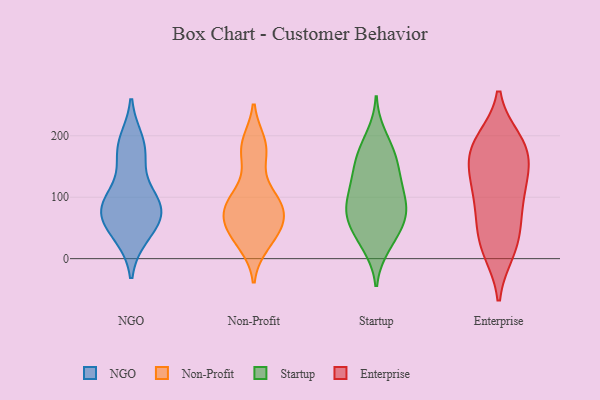
{"axis": {"x": "Inventory Turnover", "y": "Value"}, "legend": ["Enterprise", "NGO", "Non-Profit", "Startup"], "data": [{"x": "", "y": 78, "type": "NGO"}, {"x": "", "y": 89, "type": "NGO"}, {"x": "", "y": 190, "type": "NGO"}, {"x": "", "y": 38, "type": "NGO"}, {"x": "", "y": 74, "type": "NGO"}, {"x": "", "y": 81, "type": "NGO"}, {"x": "", "y": 76, "type": "NGO"}, {"x": "", "y": 168, "type": "NGO"}, {"x": "", "y": 42, "type": "NGO"}, {"x": "", "y": 178, "type": "NGO"}, {"x": "", "y": 108, "type": "NGO"}, {"x": "", "y": 188, "type": "Non-Profit"}, {"x": "", "y": 173, "type": "Non-Profit"}, {"x": "", "y": 82, "type": "Non-Profit"}, {"x": "", "y": 70, "type": "Non-Profit"}, {"x": "", "y": 96, "type": "Non-Profit"}, {"x": "", "y": 24, "type": "Non-Profit"}, {"x": "", "y": 76, "type": "Non-Profit"}, {"x": "", "y": 95, "type": "Non-Profit"}, {"x": "", "y": 29, "type": "Non-Profit"}, {"x": "", "y": 49, "type": "Non-Profit"}, {"x": "", "y": 55, "type": "Non-Profit"}, {"x": "", "y": 169, "type": "Non-Profit"}, {"x": "", "y": 37, "type": "Non-Profit"}, {"x": "", "y": 90, "type": "Non-Profit"}, {"x": "", "y": 188, "type": "Non-Profit"}, {"x": "", "y": 109, "type": "Non-Profit"}, {"x": "", "y": 62, "type": "Non-Profit"}, {"x": "", "y": 86, "type": "Startup"}, {"x": "", "y": 200, "type": "Startup"}, {"x": "", "y": 115, "type": "Startup"}, {"x": "", "y": 86, "type": "Startup"}, {"x": "", "y": 169, "type": "Startup"}, {"x": "", "y": 143, "type": "Startup"}, {"x": "", "y": 72, "type": "Startup"}, {"x": "", "y": 122, "type": "Startup"}, {"x": "", "y": 74, "type": "Startup"}, {"x": "", "y": 25, "type": "Startup"}, {"x": "", "y": 20, "type": "Startup"}, {"x": "", "y": 56, "type": "Startup"}, {"x": "", "y": 161, "type": "Startup"}, {"x": "", "y": 119, "type": "Startup"}, {"x": "", "y": 173, "type": "Startup"}, {"x": "", "y": 47, "type": "Startup"}, {"x": "", "y": 73, "type": "Startup"}, {"x": "", "y": 50, "type": "Enterprise"}, {"x": "", "y": 187, "type": "Enterprise"}, {"x": "", "y": 131, "type": "Enterprise"}, {"x": "", "y": 12, "type": "Enterprise"}, {"x": "", "y": 137, "type": "Enterprise"}, {"x": "", "y": 172, "type": "Enterprise"}, {"x": "", "y": 72, "type": "Enterprise"}, {"x": "", "y": 89, "type": "Enterprise"}, {"x": "", "y": 178, "type": "Enterprise"}, {"x": "", "y": 136, "type": "Enterprise"}, {"x": "", "y": 12, "type": "Enterprise"}, {"x": "", "y": 184, "type": "Enterprise"}, {"x": "", "y": 192, "type": "Enterprise"}, {"x": "", "y": 106, "type": "Enterprise"}, {"x": "", "y": 33, "type": "Enterprise"}]}